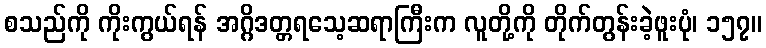
စသည်ကို ကိုးကွယ်ရန် အဂ္ဂိဒတ္တရသေ့ဆရာကြီးက လူတို့ကို တိုက်တွန်းခဲ့ဖူးပုံ၊ ၁၅၇။